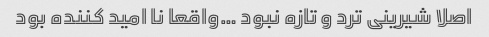
اصلا شیرینی ترد و تازه نبود …واقعا نا امید کننده بود